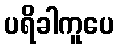
ပရိခါကူပေ